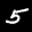
Label: 5